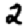
Digit: 2